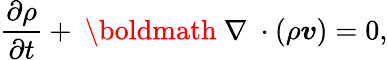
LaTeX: \frac{\partial\rho}{\partial t}+\mathrm{~\boldmath~\nabla~}\cdot(\rho\boldsymbol{v})=0,